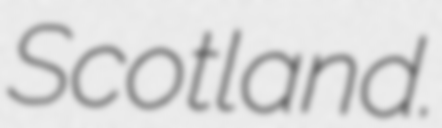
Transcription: Scotland.